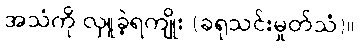
အသံကို လှူခဲ့ရကျိုး (ခရုသင်းမှုတ်သံ)။